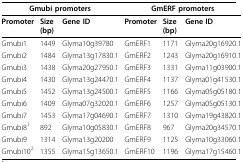
<table><thead><tr><td colspan="3"><b>Gmubi promoters</b></td><td colspan="3"><b>GmERF promoters</b></td></tr></thead><tbody><tr><td><b>Promoter</b></td><td><b>Size (bp)</b></td><td><b>Gene ID</b></td><td><b>Promoter</b></td><td><b>Size (bp)</b></td><td><b>Gene ID</b></td></tr><tr><td>Gmubi1</td><td>1449</td><td>Glyma10g39780</td><td>GmERF1</td><td>1171</td><td>Glyma20g16920.1</td></tr><tr><td>Gmubi2</td><td>1484</td><td>Glyma13g17830.1</td><td>GmERF2</td><td>1243</td><td>Glyma20g16910.1</td></tr><tr><td>Gmubi3</td><td>1438</td><td>Glyma20g27950.1</td><td>GmERF3</td><td>1331</td><td>Glyma11g03900.1</td></tr><tr><td>Gmubi4</td><td>1430</td><td>Glyma13g24470.1</td><td>GmERF4</td><td>1137</td><td>Glyma01g41530.1</td></tr><tr><td>Gmubi5</td><td>1452</td><td>Glyma13g24500.1</td><td>GmERF5</td><td>1166</td><td>Glyma05g05180.1</td></tr><tr><td>Gmubi6</td><td>1409</td><td>Glyma07g32020.1</td><td>GmERF6</td><td>1257</td><td>Glyma05g05130.1</td></tr><tr><td>Gmubi7</td><td>1453</td><td>Glyma17g04690.1</td><td>GmERF7</td><td>1310</td><td>Glyma19g43820.1</td></tr><tr><td>Gmubi8<sup>1</sup></td><td>892</td><td>Glyma10g05830.1</td><td>GmERF8</td><td>967</td><td>Glyma20g34570.1</td></tr><tr><td>Gmubi9</td><td>1314</td><td>Glyma13g20200</td><td>GmERF9</td><td>1125</td><td>Glyma10g33060.1</td></tr><tr><td>Gmubi10<sup>2</sup></td><td>1355</td><td>Glyma15g13650.1</td><td>GmERF10</td><td>1196</td><td>Glyma17g15460.1</td></tr></tbody></table>